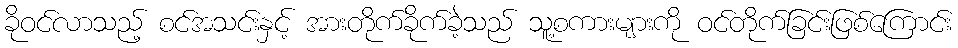
ခိုဝင်လာသည့် စင်အသင်းနှင့် အားတိုက်ခိုက်ခဲ့သည် သူ့စကားများကို ဝင်တိုက်ခြင်းဖြစ်ကြောင်း